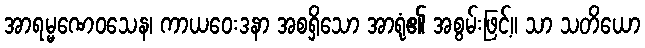
အာရမ္မဏေဝသေန၊ ကာယဝေးဒနာ အစရှိသော အာရုံ၏ အစွမ်းဖြင့်။ သာ သတိယော